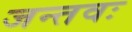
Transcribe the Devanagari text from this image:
जन्तवः